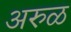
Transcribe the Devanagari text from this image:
अरुळ